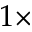
1 \times